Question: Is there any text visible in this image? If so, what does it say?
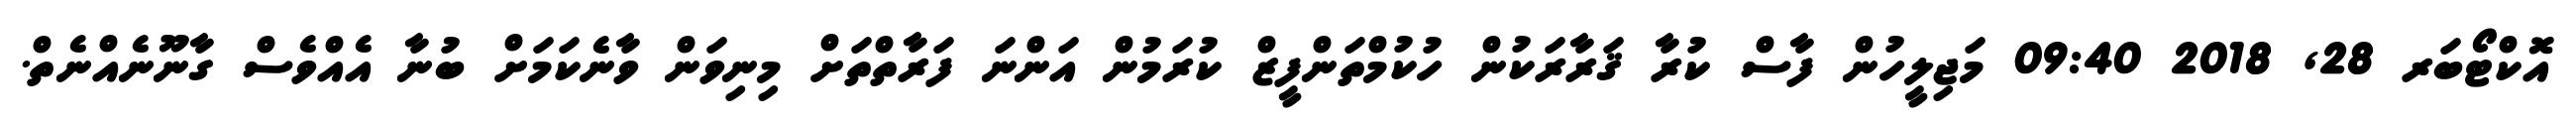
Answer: އޮކްޓޯބަރ 28, 2018 09:40 މަޖިލީހުން ފާސް ކުރާ ޤަރާރަކުން ހުކުމްތަންފީޒް ކުރަމުން އަންނަ ފަރާތްތަށް މިނިވަން ވާނެކަމަށް ބުނާ އެއްވެސް ގާނޫނެއްނެތް.